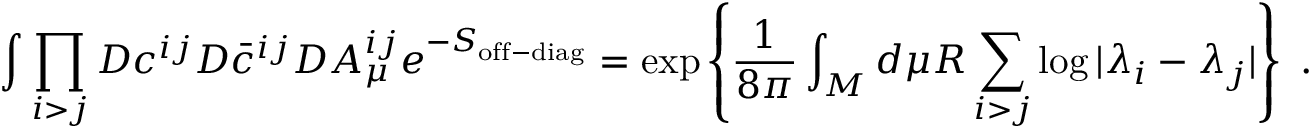
\int \prod _ { i > j } { \cal D } c ^ { i j } { \cal D } \bar { c } ^ { i j } { \cal D } A _ { \mu } ^ { i j } e ^ { - S _ { \mathrm { o f f - d i a g } } } = \exp \left\{ { \frac { 1 } { 8 \pi } } \int _ { \cal M } d \mu R \sum _ { i > j } \log | \lambda _ { i } - \lambda _ { j } | \right\} ~ .